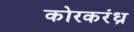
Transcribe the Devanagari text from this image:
कोरकरंध्र